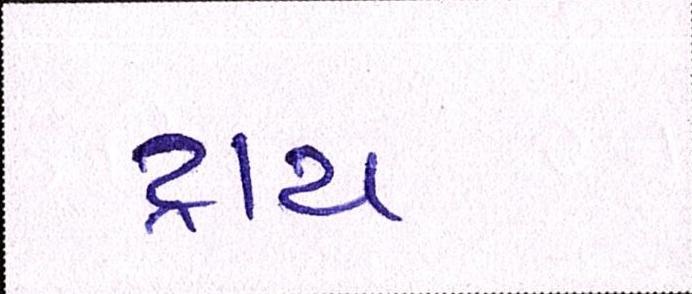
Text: ટ્રાય